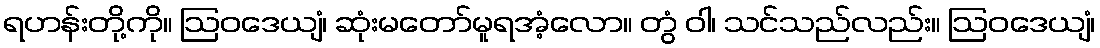
ရဟန်းတို့ကို။ ဩဝဒေယျံ၊ ဆုံးမတော်မူရအံ့လော။ တွံ ဝါ၊ သင်သည်လည်း။ ဩဝဒေယျံ၊